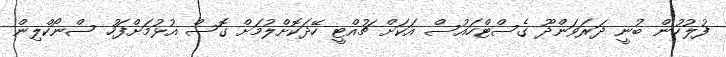
ފުލުހުން ބުނީ ދަރަވަންދޫ ގެސްޓްހައުސް އަކަށް ޗުއްޓީ ހޭދަކޮށްލުމަށް ގޮސް އުޅުމަށްފަހު ސްނޯކްލިން